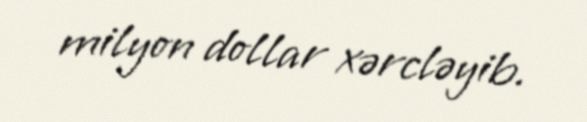
milyon dollar xərcləyib.